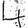
Digit: 4